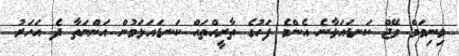
މިނިމަމް ވޭޖް ކަނޑައަޅާނެ އެންމެ ފަހުގެ ތާރީހްތައް ކަނޑައަޅަމުން އަންނަތާ ދެ އަހަރު